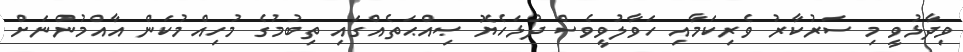
ވިދާޅުވީ މި ސަރުކާރު ވެރިކަމާއި ހަވާލުވީވެސް ދުޅަހެޔޮ ޞިއްޙަތެއްގައި ތިބުމުގެ މުހިއްމުކަން އާއްމުންނަށް